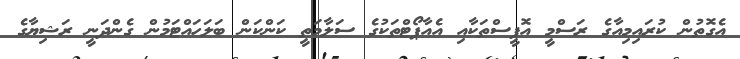
އެގޮތުން ކުރައިމިއާގެ ރަސްމީ އޮފީސްތަކާއި އެއާޕޯޓްތަކުގެ ސަލާމަތީ ކަންކަން ބަލަހައްޓަމުން ގެންދަނީ ރަޝިޔާގެ